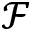
\mathcal { F }